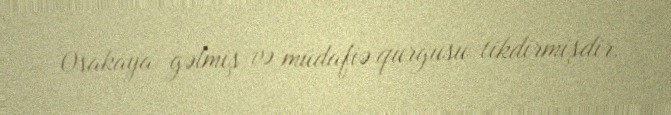
Osakaya gəlmiş və müdafiə qurğusu tikdirmişdir.